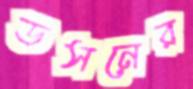
ডসনের